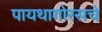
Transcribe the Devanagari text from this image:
पायथागोरसचे